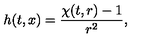
h ( t , x ) = \frac { \chi ( t , r ) - 1 } { r ^ { 2 } } ,